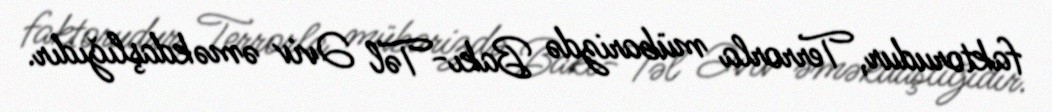
faktorudur, Terrorla mübarizdə Bakı-Təl Əviv əməkdaşlığıdır.